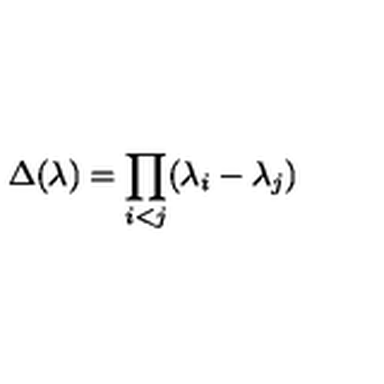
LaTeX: \Delta ( \lambda ) = \prod _ { i < j } ( \lambda _ { i } - \lambda _ { j } )